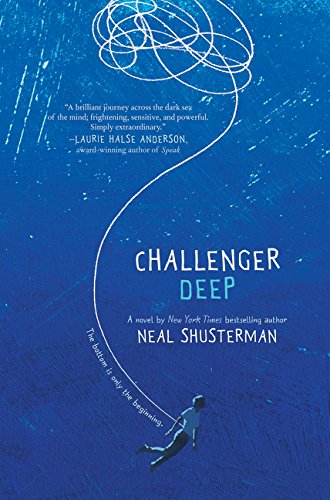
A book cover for Challenger Deep; Neal Shusterman; Teen & Young Adult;